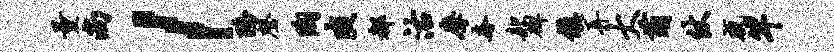
量尚l酪磬陶爽都沽摩奢款碑镇弄大萌仗咸竿